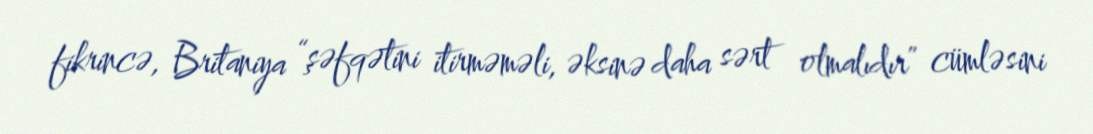
fikrincə, Britaniya “şəfqətini itirməməli, əksinə daha sərt olmalıdır” cümləsini